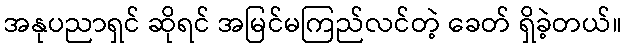
အနုပညာရှင် ဆိုရင် အမြင်မကြည်လင်တဲ့ ခေတ် ရှိခဲ့တယ်။